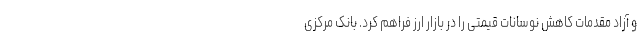
و آزاد مقدمات کاهش نوسانات قیمتی را در بازار ارز فراهم کرد. بانک مرکزی